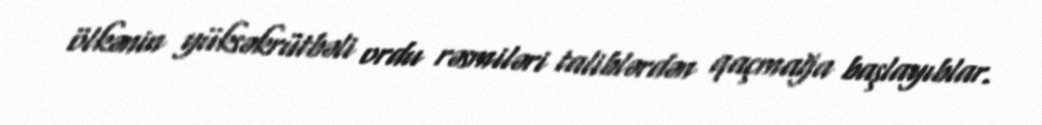
ölkənin yüksəkrütbəli ordu rəsmiləri taliblərdən qaçmağa başlayıblar.